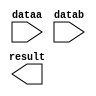
// megafunction wizard: %LPM_ADD_SUB%VBB%
// GENERATION: STANDARD
// VERSION: WM1.0
// MODULE: lpm_add_sub 

// ============================================================
// Megafunction Name(s):
// 			lpm_add_sub
// ============================================================
// ************************************************************
// THIS IS A WIZARD-GENERATED FILE. DO NOT EDIT THIS FILE!
//
// 5.0 Build 148 04/26/2005 SJ Web Edition
// ************************************************************

//Copyright (C) 1991-2005 Altera Corporation
//Your use of Altera Corporation's design tools, logic functions 
//and other software and tools, and its AMPP partner logic       
//functions, and any output files any of the foregoing           
//(including device programming or simulation files), and any    
//associated documentation or information are expressly subject  
//to the terms and conditions of the Altera Program License      
//Subscription Agreement, Altera MegaCore Function License       
//Agreement, or other applicable license agreement, including,   
//without limitation, that your use is for the sole purpose of   
//programming logic devices manufactured by Altera and sold by   
//Altera or its authorized distributors.  Please refer to the    
//applicable agreement for further details.

module sub11 (
	dataa,
	datab,
	result);

	input	[10:0]  dataa;
	input	[10:0]  datab;
	output	[10:0]  result;

endmodule

// ============================================================
// CNX file retrieval info
// ============================================================
// Retrieval info: PRIVATE: nBit NUMERIC "11"
// Retrieval info: PRIVATE: Function NUMERIC "1"
// Retrieval info: PRIVATE: RadixA NUMERIC "10"
// Retrieval info: PRIVATE: RadixB NUMERIC "10"
// Retrieval info: PRIVATE: WhichConstant NUMERIC "0"
// Retrieval info: PRIVATE: ConstantA NUMERIC "0"
// Retrieval info: PRIVATE: ConstantB NUMERIC "0"
// Retrieval info: PRIVATE: ValidCtA NUMERIC "0"
// Retrieval info: PRIVATE: ValidCtB NUMERIC "0"
// Retrieval info: PRIVATE: CarryIn NUMERIC "0"
// Retrieval info: PRIVATE: CarryOut NUMERIC "0"
// Retrieval info: PRIVATE: Overflow NUMERIC "0"
// Retrieval info: PRIVATE: Latency NUMERIC "0"
// Retrieval info: PRIVATE: aclr NUMERIC "0"
// Retrieval info: PRIVATE: clken NUMERIC "0"
// Retrieval info: PRIVATE: LPM_PIPELINE NUMERIC "0"
// Retrieval info: PRIVATE: INTENDED_DEVICE_FAMILY STRING "MAX II"
// Retrieval info: CONSTANT: LPM_WIDTH NUMERIC "11"
// Retrieval info: CONSTANT: LPM_DIRECTION STRING "SUB"
// Retrieval info: CONSTANT: LPM_TYPE STRING "LPM_ADD_SUB"
// Retrieval info: CONSTANT: LPM_HINT STRING "ONE_INPUT_IS_CONSTANT=NO,CIN_USED=NO"
// Retrieval info: USED_PORT: result 0 0 11 0 OUTPUT NODEFVAL result[10..0]
// Retrieval info: USED_PORT: dataa 0 0 11 0 INPUT NODEFVAL dataa[10..0]
// Retrieval info: USED_PORT: datab 0 0 11 0 INPUT NODEFVAL datab[10..0]
// Retrieval info: CONNECT: result 0 0 11 0 @result 0 0 11 0
// Retrieval info: CONNECT: @dataa 0 0 11 0 dataa 0 0 11 0
// Retrieval info: CONNECT: @datab 0 0 11 0 datab 0 0 11 0
// Retrieval info: LIBRARY: lpm lpm.lpm_components.all
// Retrieval info: GEN_FILE: TYPE_NORMAL sub11.v TRUE
// Retrieval info: GEN_FILE: TYPE_NORMAL sub11.inc TRUE
// Retrieval info: GEN_FILE: TYPE_NORMAL sub11.cmp FALSE
// Retrieval info: GEN_FILE: TYPE_NORMAL sub11.bsf FALSE
// Retrieval info: GEN_FILE: TYPE_NORMAL sub11_inst.v FALSE
// Retrieval info: GEN_FILE: TYPE_NORMAL sub11_bb.v TRUE
// Retrieval info: GEN_FILE: TYPE_NORMAL sub11_waveforms.html TRUE
// Retrieval info: GEN_FILE: TYPE_NORMAL sub11_wave*.jpg FALSE